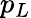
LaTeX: p_{L}